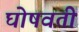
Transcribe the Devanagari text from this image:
घोषवती